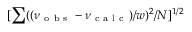
[ \sum ( ( \nu _ { \mathrm { ~ o ~ b ~ s ~ } } - \nu _ { \mathrm { ~ c ~ a ~ l ~ c ~ } } ) / w ) ^ { 2 } / N ] ^ { 1 / 2 }